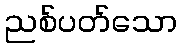
ညစ်ပတ်သော